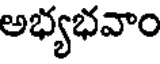
అభ్యభవాం